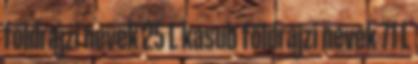
földrajzi nevek‎ 25 L kasub földrajzi nevek‎ 71 L